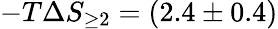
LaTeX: -T\Delta S_{\geq 2}=(2.4\pm 0.4)